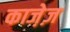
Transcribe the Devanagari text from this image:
काजे़ज़